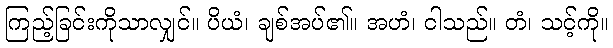
ကြည့်ခြင်းကိုသာလျှင်။ ပိယံ၊ ချစ်အပ်၏။ အဟံ၊ ငါသည်။ တံ၊ သင့်ကို။